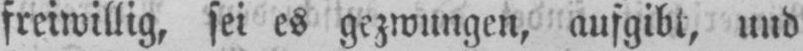
freiwillig, sei es gezwungen, ausgibt, und